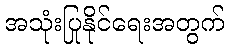
အသုံးပြုနိုင်ရေးအတွက်